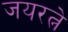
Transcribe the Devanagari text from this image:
जयरत्ने